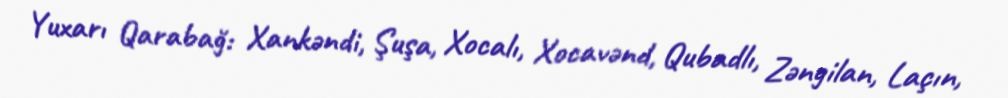
Yuxarı Qarabağ: Xankəndi, Şuşa, Xocalı, Xocavənd, Qubadlı, Zəngilan, Laçın,